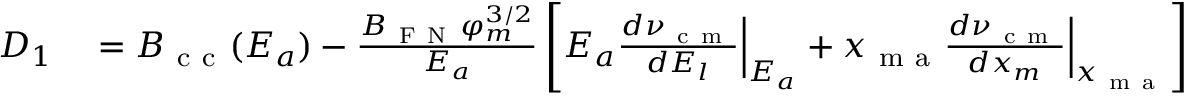
\begin{array} { r l } { D _ { 1 } } & { { } = { \cal B } _ { \mathrm { ~ c ~ c ~ } } ( E _ { a } ) - \frac { B _ { \mathrm { ~ F ~ N ~ } } \varphi _ { m } ^ { 3 / 2 } } { E _ { a } } \left[ E _ { a } \frac { d \nu _ { \mathrm { ~ c ~ m ~ } } } { d E _ { l } } \Big | _ { E _ { a } } + x _ { \mathrm { ~ m ~ a ~ } } \frac { d \nu _ { \mathrm { ~ c ~ m ~ } } } { d x _ { m } } \Big | _ { x _ { \mathrm { ~ m ~ a ~ } } } \right] } \end{array}